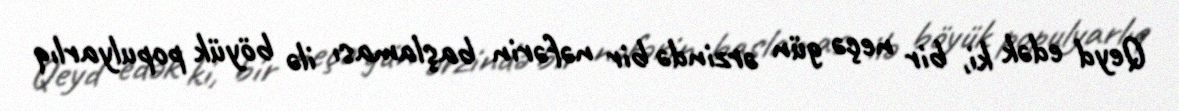
Qeyd edək ki, bir neçə gün ərzində bir nəfərin başlaması ilə böyük populyarlıq